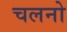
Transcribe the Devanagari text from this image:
चलनो